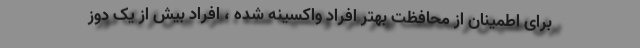
برای اطمینان از محافظت بهتر افراد واکسینه شده ، افراد بیش از یک دوز